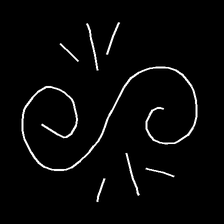
Glyph: wind-directs-air